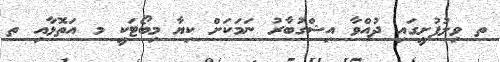
ތ ވިލުފުށީގައި ދުއްވާ އިޝްގުބާރު ނަމަކަށް ކިޔާ މިބޯޓަކީ މ އަތޮޅާއި ތ